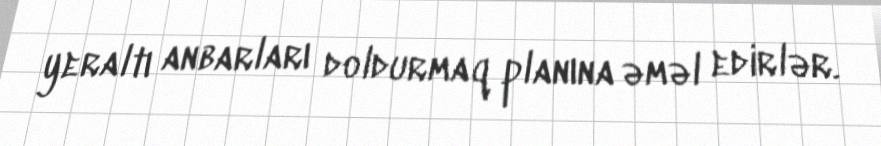
yeraltı anbarları doldurmaq planına əməl edirlər.